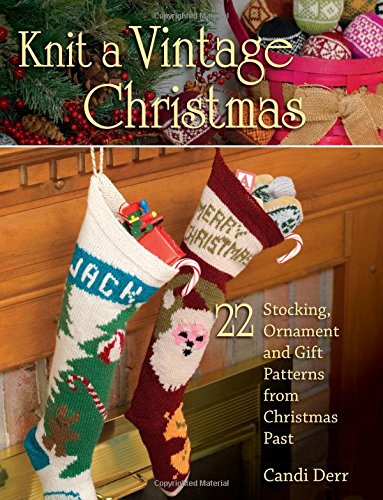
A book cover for Knit a Vintage Christmas: 22 Stocking, Ornament, and Gift Patterns from Christmas Past; Crafts, Hobbies & Home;